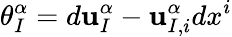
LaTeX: \theta_{I}^{\alpha}=d\mathbf{u}_{I}^{\alpha}-\mathbf{u}_{I,i}^{\alpha}dx^{i}